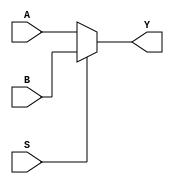

`timescale 1ns/1ns

module mux(A, B, S, Y);
input A, B, S;
output Y;
assign Y = S?B:A;

endmodule